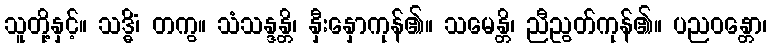
သူတို့နှင့်။ သဒ္ဓိံ၊ တကွ။ သံသန္ဒန္တိ၊ နှီးနှောကုန်၏။ သမေန္တိ၊ ညီညွတ်ကုန်၏။ ပညဝန္တော၊